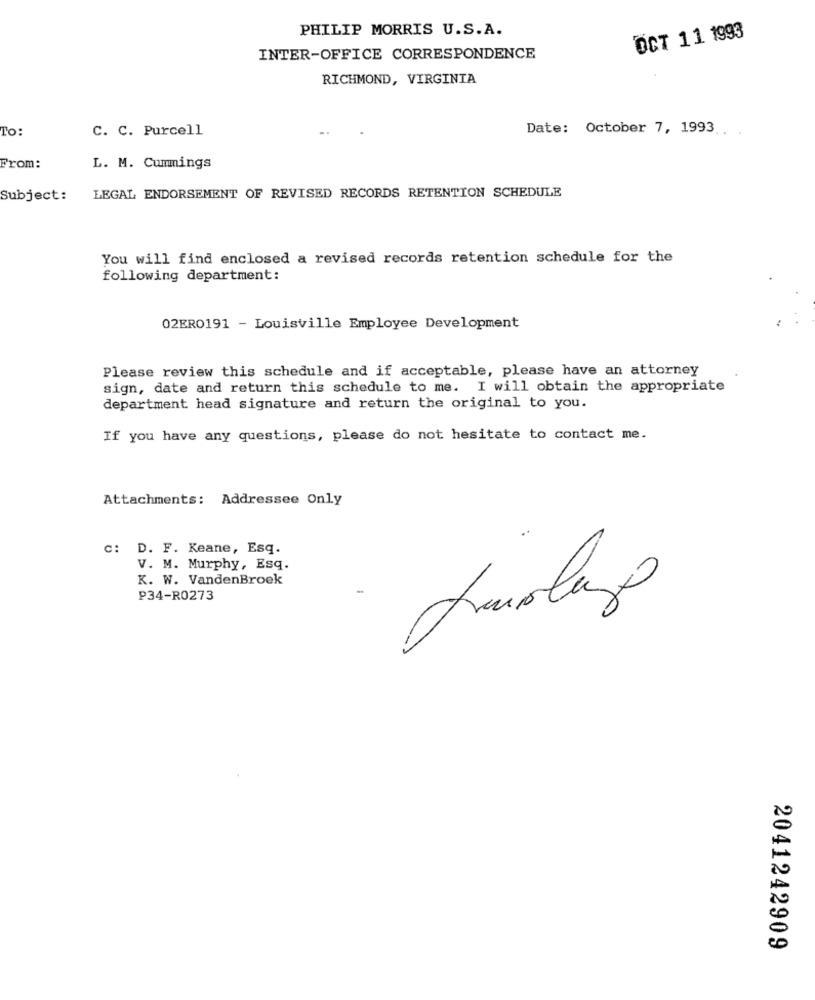
PHILIP MORRIS U.S.A.
OCT 11 1993
INTER-OFFICE CORRESPONDENCE
RICHMOND, VIRGINIA
To:
C. C. Purcell
Date: October 7, 1993.
... .
From:
L. M. Cummings
LEGAL ENDORSEMENT OF REVISED RECORDS RETENTION SCHEDULE
Subject:
You will find enclosed a revised records retention schedule for the
following department:
02ERO191 - Louisville Employee Development
Please review this schedule and if acceptable, please have an attorney
sign, date and return this schedule to me. I will obtain the appropriate
department head signature and return the original to you.
If you have any questions, please do not hesitate to contact me.
Attachments: Addressee Only
c: D. F. Keane, Esq.
V. M. Murphy, Esq.
K. W. VandenBroek
P34-R0273
2041242909